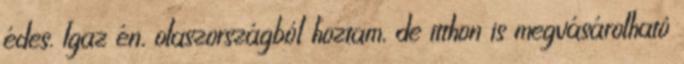
édes. Igaz én, olaszországból hoztam, de itthon is megvásárolható